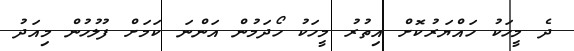
ދެ މީހަކު ހައްޔަރުކޮށް އިތުރު މީހަކު ހޯދަމުން އަންނަ ކަމަށް ފުލުހުން މިއަދު